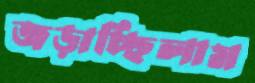
জড়াচ্ছিলাম